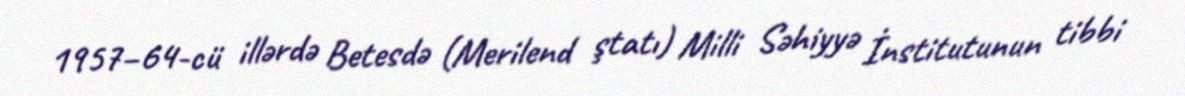
1957–64-cü illərdə Betesdə (Merilend ştatı) Milli Səhiyyə İnstitutunun tibbi